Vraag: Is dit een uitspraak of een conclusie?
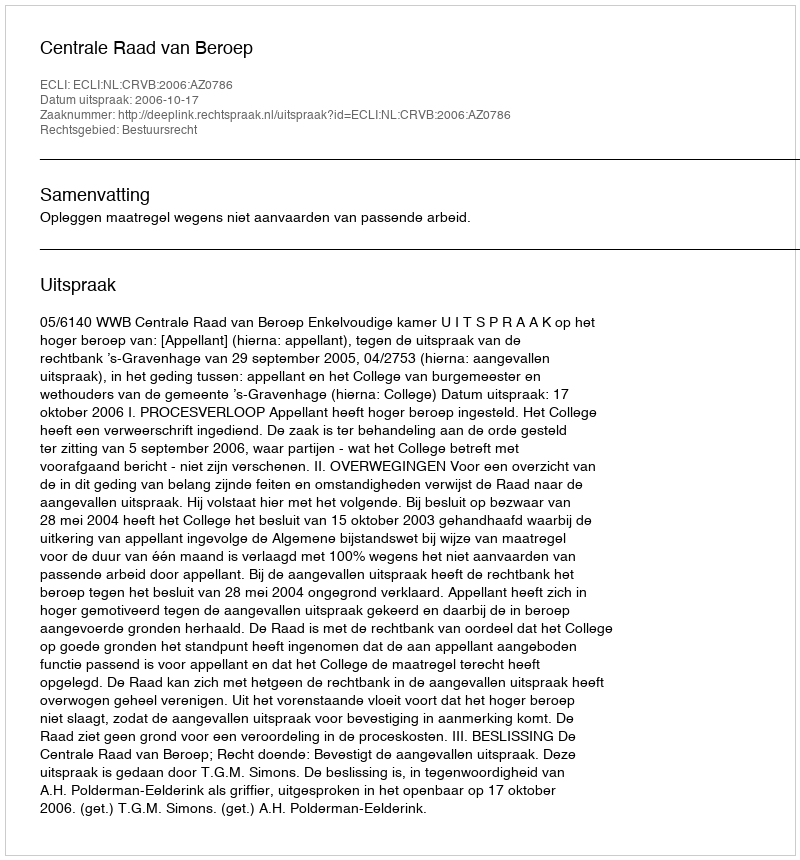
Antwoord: Uitspraak